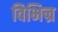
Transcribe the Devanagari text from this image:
विभिन्र